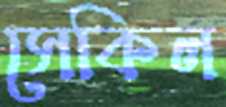
সেকিল